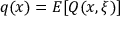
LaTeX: q ( x ) = E [ Q ( x , \xi ) ]